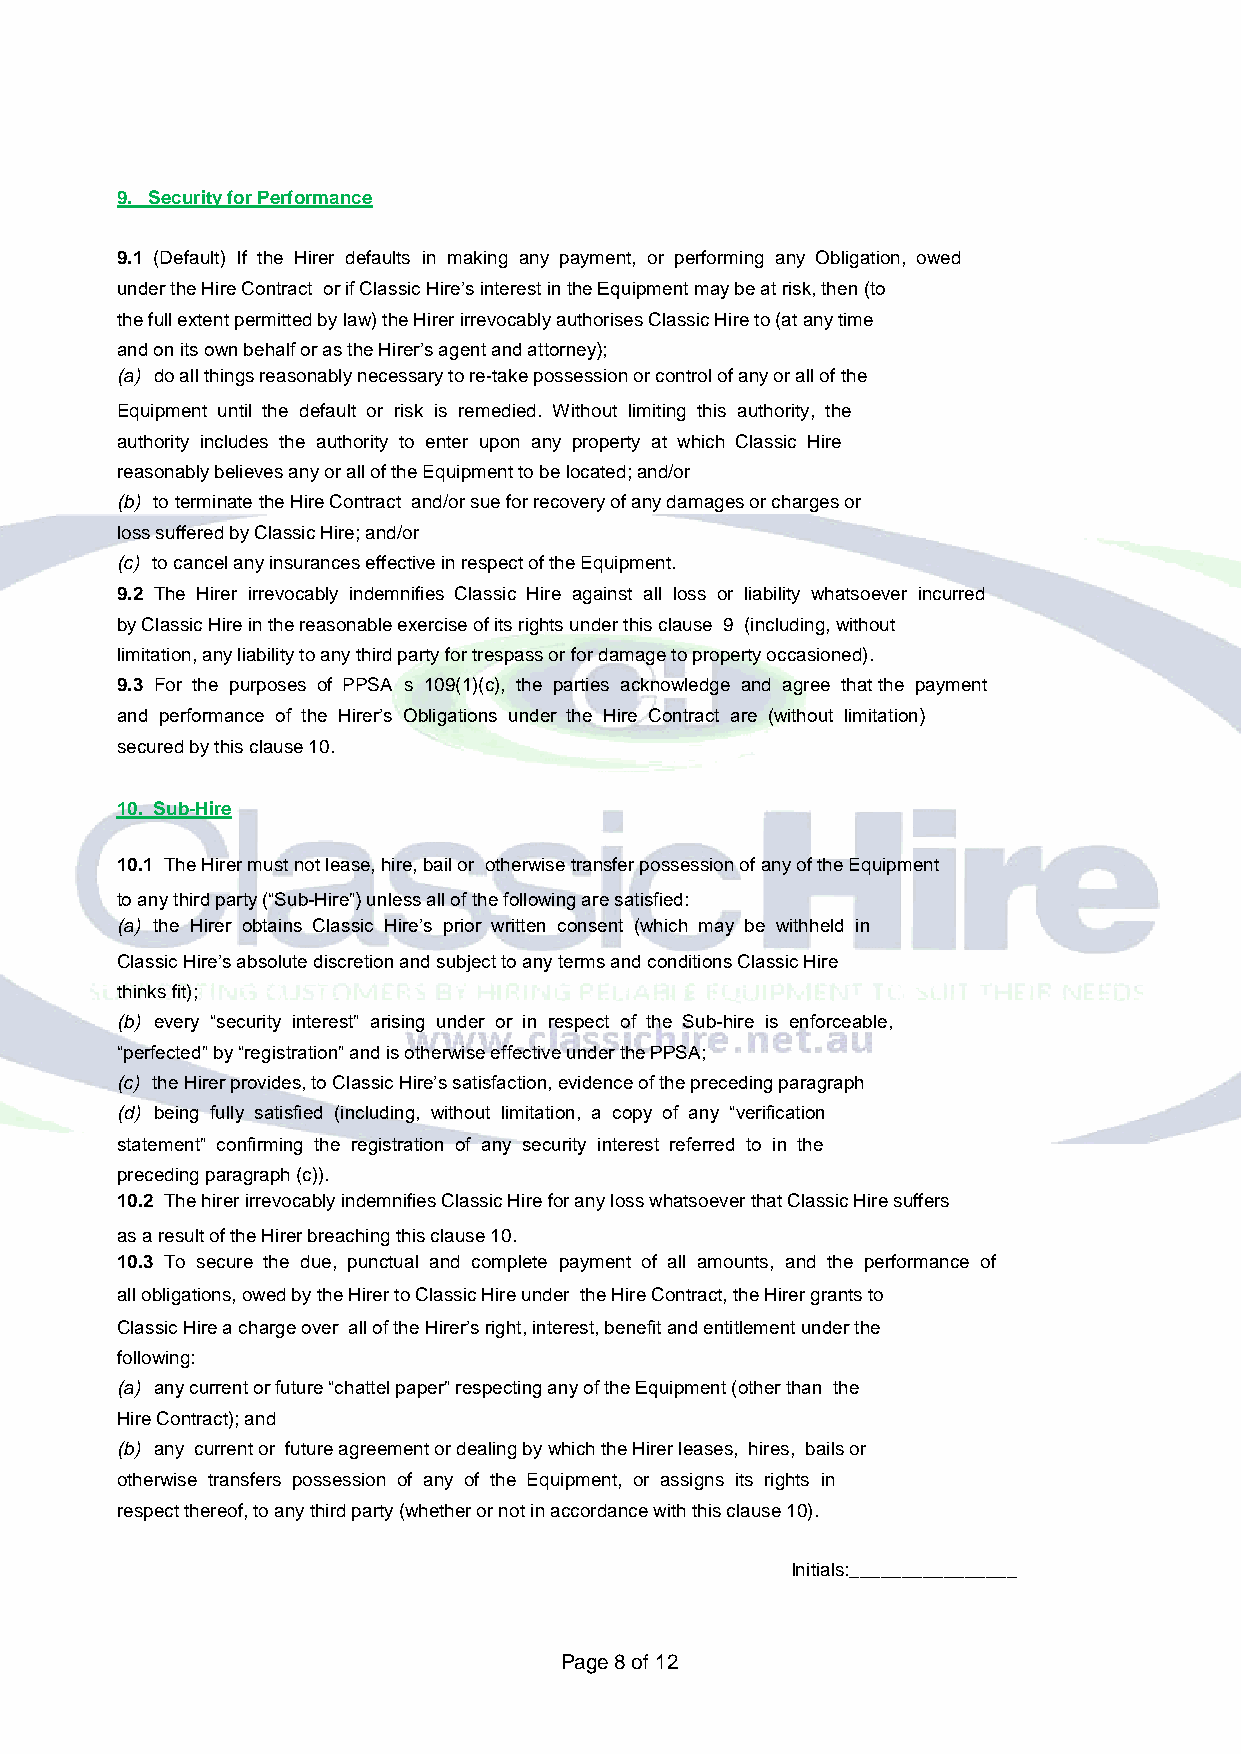
9. Security for Performance
 9.1 (Default) If the Hirer defaults in making any payment, or performing any Obligation, owed
 under the Hire Contract or if Classic Hire’s interest in the Equipment may be at risk, then (to
 the full extent permitted by law) the Hirer irrevocably authorises Classic Hire to (at any time
 and on its own behalf or as the Hirer’s agent and attorney);
 (a) do all things reasonably necessary to re-take possession or control of any or all of the
 Equipment until the default or risk is remedied. Without limiting this authority, the
 authority includes the authority to enter upon any property at which Classic Hire
 reasonably believes any or all of the Equipment to be located; and/or
 (b) to terminate the Hire Contract and/or sue for recovery of any damages or charges or
 loss suffered by Classic Hire; and/or
 (c) to cancel any insurances effective in respect of the Equipment.
 9.2 The Hirer irrevocably indemnifies Classic Hire against all loss or liability whatsoever incurred
 by Classic Hire in the reasonable exercise of its rights under this clause 9 (including, without
 limitation, any liability to any third party for trespass or for damage to property occasioned).
 9.3 For the purposes of PPSA s 109(1)(c), the parties acknowledge and agree that the payment
 and performance of the Hirer’s Obligations under the Hire Contract are (without limitation)
 secured by this clause 10.
 10. Sub-Hire
 10.1 The Hirer must not lease, hire, bail or otherwise transfer possession of any of the Equipment
 to any third party (“Sub-Hire”) unless all of the following are satisfied:
 (a) the Hirer obtains Classic Hire’s prior written consent (which may be withheld in
 Classic Hire’s absolute discretion and subject to any terms and conditions Classic Hire
 thinks fit);
 (b) every “security interest” arising under or in respect of the Sub-hire is enforceable,
 “perfected” by “registration” and is otherwise effective under the PPSA;
 (c) the Hirer provides, to Classic Hire’s satisfaction, evidence of the preceding paragraph
 (d) being fully satisfied (including, without limitation, a copy of any “verification
 statement” confirming the registration of any security interest referred to in the
 preceding paragraph (c)).
 10.2 The hirer irrevocably indemnifies Classic Hire for any loss whatsoever that Classic Hire suffers
 as a result of the Hirer breaching this clause 10.
 10.3 To secure the due, punctual and complete payment of all amounts, and the performance of
 all obligations, owed by the Hirer to Classic Hire under the Hire Contract, the Hirer grants to
 Classic Hire a charge over all of the Hirer’s right, interest, benefit and entitlement under the
 following:
 (a) any current or future “chattel paper” respecting any of the Equipment (other than the
 Hire Contract); and
 (b) any current or future agreement or dealing by which the Hirer leases, hires, bails or
 otherwise transfers possession of any of the Equipment, or assigns its rights in
 respect thereof, to any third party (whether or not in accordance with this clause 10).
 Initials:________________                           Initials:________________
 Page 8 of 12